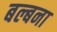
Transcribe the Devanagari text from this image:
बल्बना